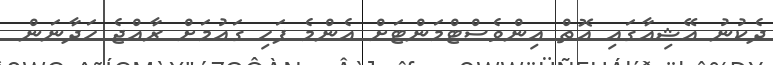
ދެކުނު އޭޝިއާގައި އޮތް އިންވެސްްޓްމަންޓަށް އެންމެ ފަހި ގައުމަށް ރާއްޖެ ހަދާނަން